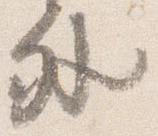
外